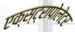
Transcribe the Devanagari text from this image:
एक्स्ट्रापोलेटर